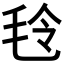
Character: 𣭔